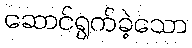
ဆောင်ရွက်ခဲ့သော